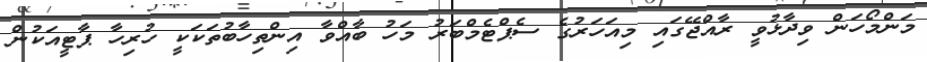
މަންމޯހަން ވިދާޅުވީ ރާއްޖޭގައި މިއަހަރުގެ ސެޕްޓެމްބަރު މަހު ބާއްވާ އިންތިހާބުތަކަކީ ހުރިހާ ޕާޓީއަކުން